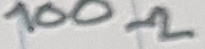
Text: 100Ω